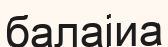
балаіиа